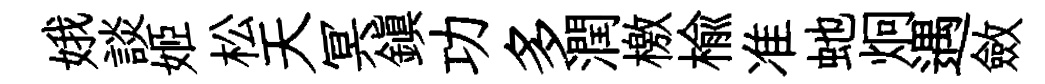
娥談姬松天冥鎭功多潤檄榆准虵炯遇斂